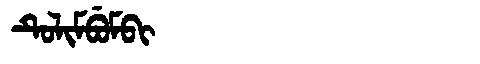
Manchu: ᡨᡠᠯᡳᠮᠪᡠᠮᠪᡳ
Romanization: TULIMBUMBI